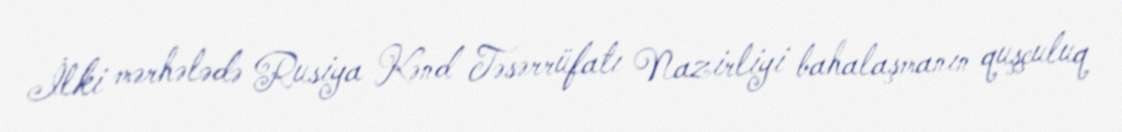
İlki mərhələdə Rusiya Kənd Təsərrüfatı Nazirliyi bahalaşmanın quşçuluq